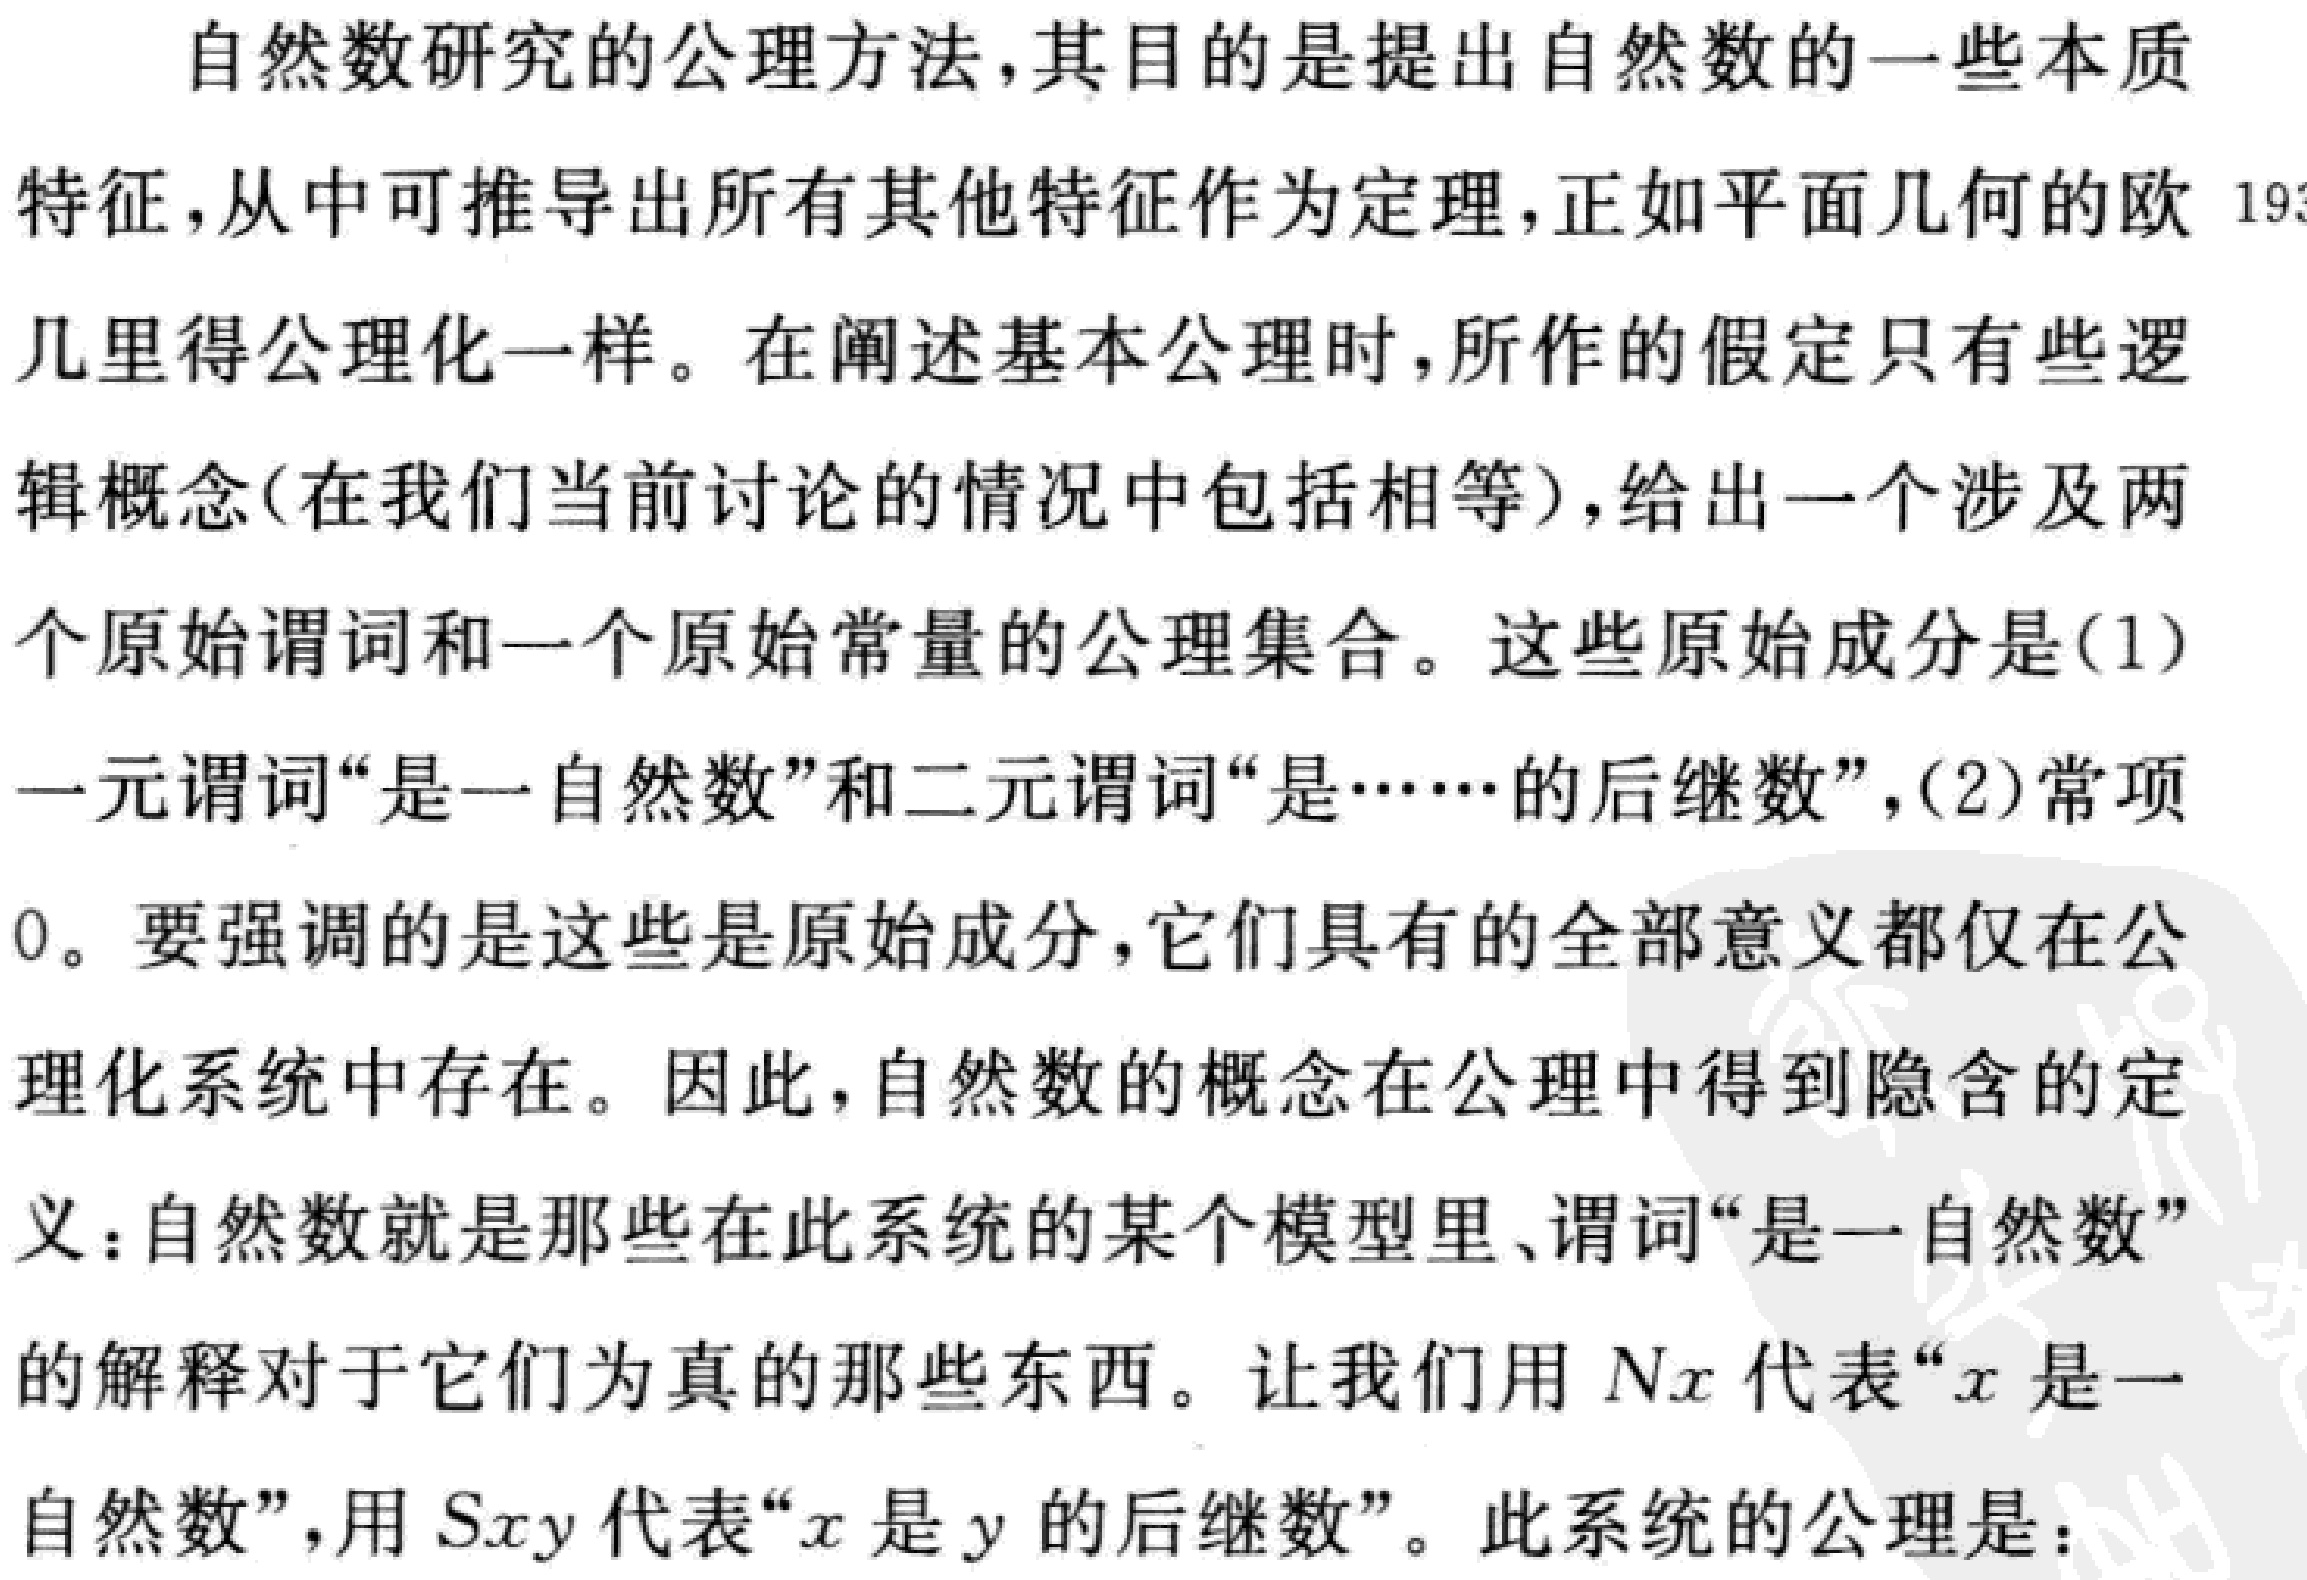
自然数研究的公理方法,其目的是提出自然数的一些本质特征,从中可推导出所有其他特征作为定理,正如平面几何的欧几里得公理化一样。在阐述基本公理时,所作的假定只有些逻辑概念(在我们当前讨论的情况中包括相等),给出一个涉及两个原始谓词和一个原始常量的公理集合。这些原始成分是(1)一元谓词“是一自然数”和二元谓词“是……的后继数”,(2)常项0。要强调的是这些是原始成分,它们具有的全部意义都仅在公理化系统中存在。因此,自然数的概念在公理中得到隐含的定义：自然数就是那些在此系统的某个模型里、谓词“是一自然数”的解释对于它们为真的那些东西。让我们用$Nx$代表“$x$是一自然数”,用$Sxy$代表“$x$是$y$的后继数”。此系统的公理是：